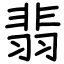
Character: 翡